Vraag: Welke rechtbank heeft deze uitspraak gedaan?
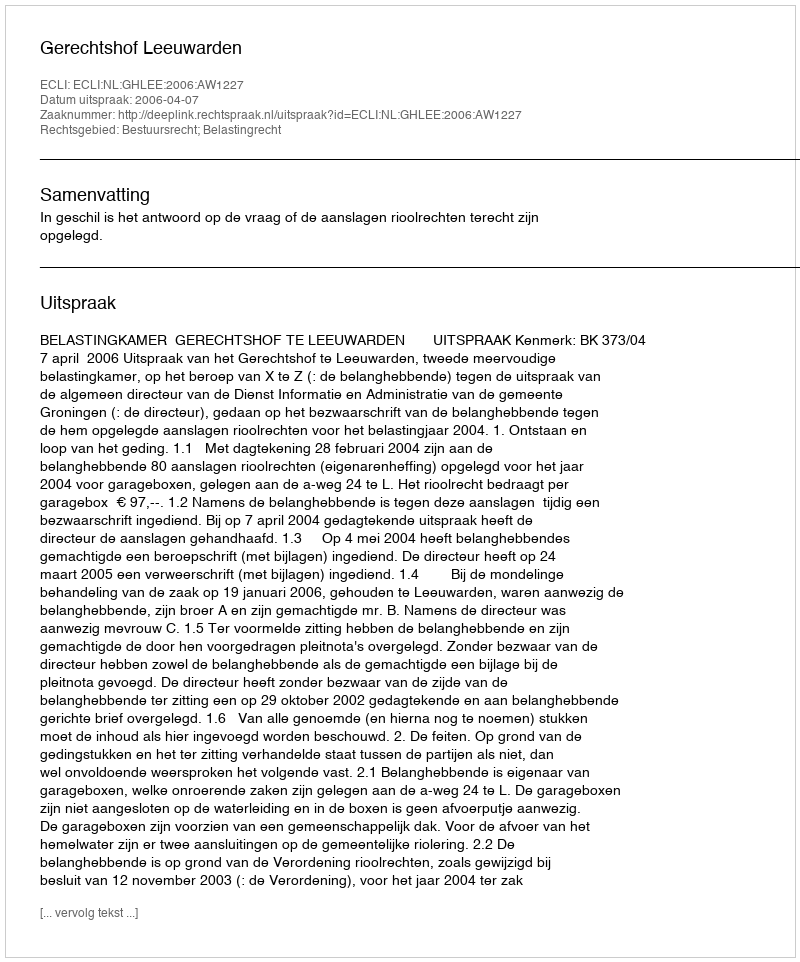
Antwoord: Gerechtshof Leeuwarden